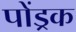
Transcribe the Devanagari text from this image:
पोंड्रक